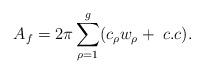
LaTeX: \begin{align*}A_{f}=2\pi \sum_{\rho=1}^{g}(c_{\rho}w_{\rho}+\; c.c).\end{align*}